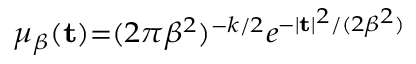
\scriptstyle \mu _ { \beta } ( \mathbf { t } ) = ( 2 \pi \beta ^ { 2 } ) ^ { - k / 2 } e ^ { - | \mathbf { t } | ^ { 2 } / ( 2 \beta ^ { 2 } ) }